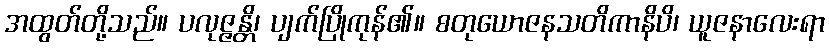
အထွတ်တို့သည်။ ပလုဇ္ဇန္တိ၊ ပျက်ပြိုကုန်၏။ စတုယောဇနသတိကာနိပိ၊ ယူဇနာလေးရာ